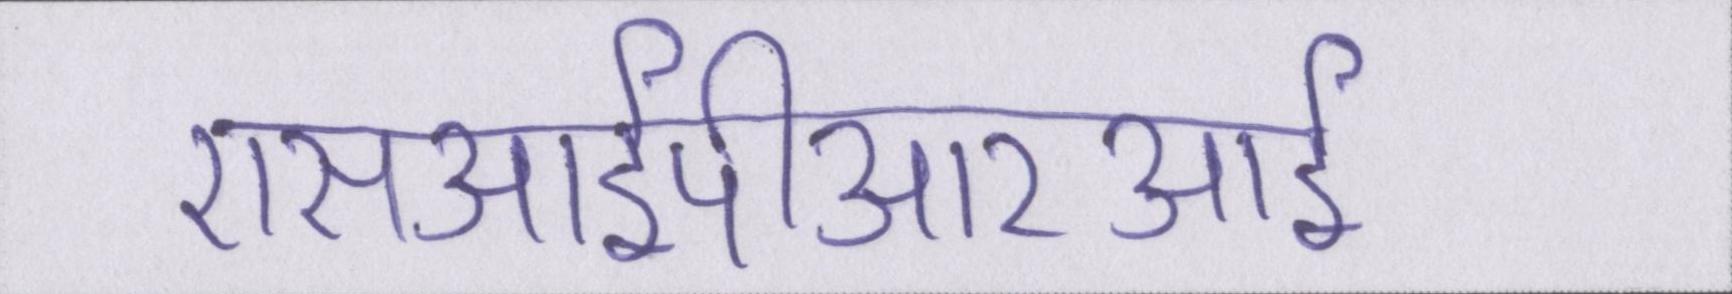
एसआईपीआरआई